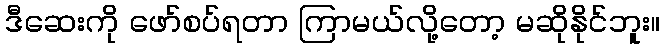
ဒီဆေးကို ဖော်စပ်ရတာ ကြာမယ်လို့တော့ မဆိုနိုင်ဘူး။